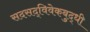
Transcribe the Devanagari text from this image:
सदसद्‌विवेकबुद्धी